Civil Veterinary Department Bihar & Orissa reports 1911-21 - 1911-1921
Year: 1911
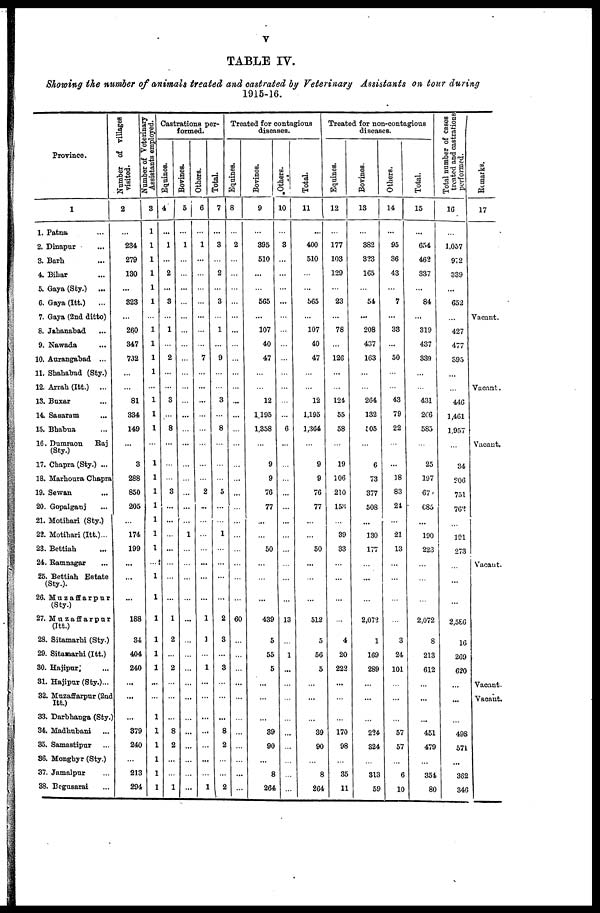
V
TABLE
IV.
Showing
the number
of animals
treated
and castrated
by Veterinary
Assistants
on tour
during
1915-16.
Province.
1
1. Patna ...
2. Dinapur ...
3. Barb
4. Bihar ...
5. Gaya (Sty.)
...
6. Gaya (Itt.) ...
7. Gaya (2nd ditto)
8. Jahanabad ...
9. Nawada ...
10. Aurangabad ...
11. Shababad (Sty.)
12. Arrah (Itt.)
...
13. Buxar ...
14 Sasaram ...
15. Bhabua ...
16. Dumraon
Raj
(Sty.)
17. Chapra (Sty.) ...
18. Marhoura Chapra
19. Sewan ...
20. Gopalganj ...
21. Motihari (Sty.)
22. Motihari (Itt.)...
23. Bettiah ...
24. Ramnagar ...
25. Bettiah Estate
(Sty.).
26. Muzaffarpur
(Sty.)
27. Muzaffarpur
(Itt.)
28. Sitamarhi (Sty.)
29. Sitamarhi (Itt.)
30. Hajipur, ...
31. Hajipur (Sty.)...
32. Muzaffarpur (2nd
Itt.)
33. Darbhanga (Sty.)
34. Madhnbani ...
35. Samastipar ...
36. Monghyr (Sty.)
37. Jamalpur ...
38. Begusarai ...
Number of villages
visited.
2
...
234
279
130
...
323
...
260
347
732
...
...
81
334
149
...
3
288
850
205
...
174
199
...
...
...
188
34
404
240
...
...
...
379
240
...
213
294
Number of Veterinary
Assistants employed.
3
1
1
1
1
1
1
...
1
1
1
1
...
1
1
1
...
1
1
1
1
1
1
1
...
1
1
1
1
1
1
...
...
1
1
1
1
1
1
Castrations per-
formed.
Equines.
4
...
1
...
2
...
3
...
1
...
2
...
...
3
...
8
...
...
...
3
...
...
...
...
...
...
...
1
2
...
2
...
...
...
8
2
...
...
1
Bovines.
5
...
1
...
...
...
...
...
...
...
...
...
...
...
...
...
...
...
...
...
...
...
1
...
...
...
...
...
...
...
...
...
...
...
...
...
...
...
...
Others.
6
...
1
...
...
...
...
...
...
...
7
...
...
...
...
...
...
...
...
2
.....
...
...
...
...
...
...
1
1
...
1
...
...
...
...
...
...
...
1
Total.
7
...
3
...
2
...
3
...
1
...
9
...
...
3
...
8
...
...
...
5
...
...
1
...
...
...
...
2
3
...
3
...
...
...
8
2
...
...
2
Treated for contagions
diseases.
Equines.
8
...
2
...
...
...
...
...
...
...
...
...
...
...
...
...
...
...
...
...
...
...
...
...
...
...
...
60
...
...
...
...
...
...
...
...
...
...
...
Bovines.
9
...
395
510
...
...
565
...
107
40
47
...
...
12
1.195
1,358
...
9
9
76
77
...
...
50
...
...
...
439
5
55
5
...
...
...
39
90
...
8
264
Others.
10
...
3
...
...
...
...
...
...
...
...
...
...
...
6
...
...
...
...
...
...
...
...
...
...
...
13
...
1
...
...
...
...
...
...
...
...
...
Total.
11
...
400
510
...
...
565
...
107
40
47
...
...
12
1,195
1,364
...
9
9
76
77
...
...
50
...
...
...
512
5
56
5
...
...
...
39
90
...
8
264
Treated for non-contagious
diseases.
Equines.
12
...
177
103
129
...
23
...
78
...
126
...
...
124
55
58
...
19
106
210
152
...
39
33
...
...
...
...
4
20
222
...
...
...
170
98
...
35
11
Bovines.
13
...
382
323
165
...
54
...
208
437
163
...
...
264
132
505
...
6
73
377
508
...
130
177
...
...
...
2,072
1
169
289
...
...
...
224
324
...
313
59
Others.
14
...
95
36
43
...
7
...
33
...
50
...
...
43
79
22
...
...
18
83
24
...
21
13
...
...
...
...
3
24
101
...
...
...
57
57
...
6
10
Total.
15
...
654
462
337
...
84
...
319
437
339
...
...
431
266
585
...
25
107
67
685
...
190
223
...
...
...
2,072
8
213
612
...
...
...
451
479
...
354
80
Total number of cases
treated and castrations
performed.
16
...
1,057
972
339
...
652
...
427
477
395
...
...
446
1,461
1,957
...
34
206
751
762
...
191
273
...
...
...
2,586
16
269
620
...
...
...
498
571
...
362
346
Remarks.
17
Vacant.
Vacant.
Vacant.
Vacant.
Vacant.
Vacant.